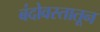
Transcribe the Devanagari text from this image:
बंदोवस्तातून